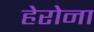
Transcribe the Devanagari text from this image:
हेरोना